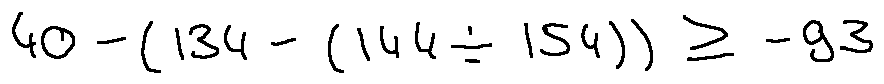
4 0 - ( 1 3 4 - ( 1 4 4 \div 1 5 4 ) ) \geq - 9 3